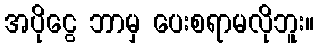
အပိုငွေ ဘာမှ ပေးစရာမလိုဘူး။